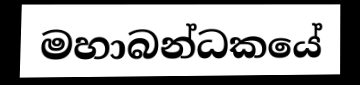
මහාබන්ධකයේ